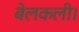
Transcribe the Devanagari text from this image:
बेलकली।